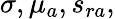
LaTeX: \sigma,\mu_{a},s_{ra},